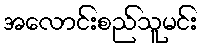
အလောင်းစည်သူမင်း